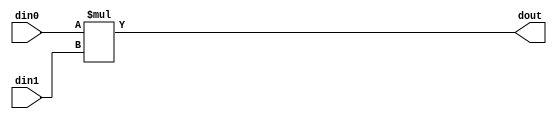
// ==============================================================
// Vitis HLS - High-Level Synthesis from C, C++ and OpenCL v2020.3 (64-bit)
// Copyright 1986-2021 Xilinx, Inc. All Rights Reserved.
// ==============================================================

`timescale 1 ns / 1 ps

module inPlaceNTT_DIT_mul_49ns_44ns_93_1_1(din0, din1, dout);
parameter ID = 1;
parameter NUM_STAGE = 0;
parameter din0_WIDTH = 49;
parameter din1_WIDTH = 44;
parameter dout_WIDTH = 93;
input [din0_WIDTH - 1 : 0] din0; 
input [din1_WIDTH - 1 : 0] din1; 
output [dout_WIDTH - 1 : 0] dout;

assign dout = $signed({1'b0, din0}) * $signed({1'b0, din1});
endmodule